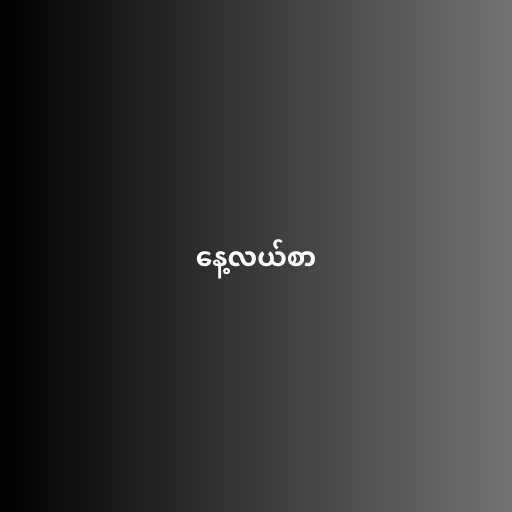
နေ့လယ်စာ